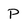
Character: P